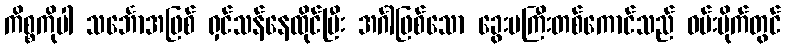
ကိစ္စကိုပါ သင်္ဘောအဖြစ် ရှင်သန်နေထိုင်ပြီး အင်္ဂါဖြစ်သော ခွေးမကြီးတစ်ကောင်သည် ဝမ်းဗိုက်တွင်